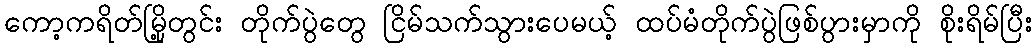
ကော့ကရိတ်မြို့တွင်း တိုက်ပွဲတွေ ငြိမ်သက်သွားပေမယ့် ထပ်မံတိုက်ပွဲဖြစ်ပွားမှာကို စိုးရိမ်ပြီး